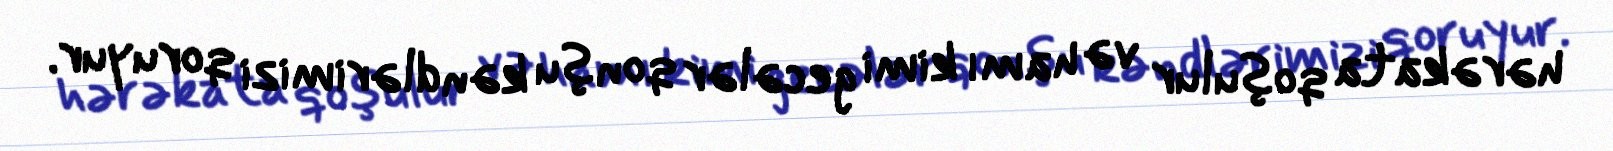
hərəkata qoşulur və hamı kimi gecələr qonşu kəndlərimizi qoruyur.